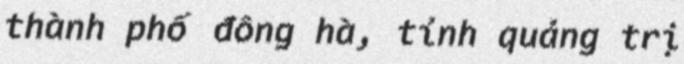
thành phố đông hà, tỉnh quảng trị